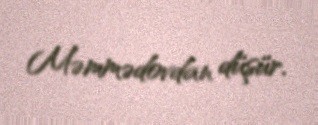
Məmmədovdan düşür.